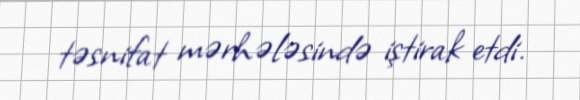
təsnifat mərhələsində iştirak etdi.